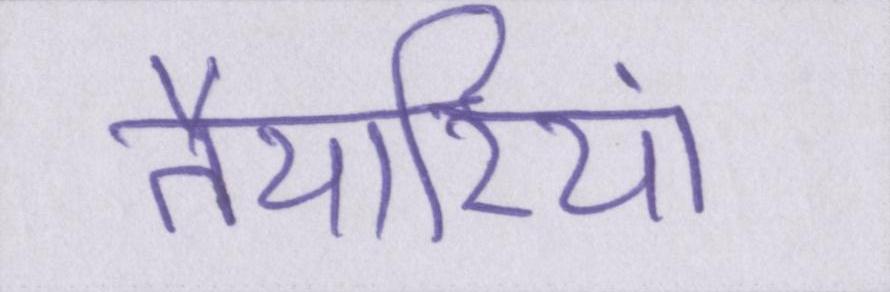
तैयारियां